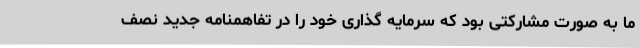
ما به صورت مشارکتی بود که سرمایه گذاری خود را در تفاهمنامه جدید نصف